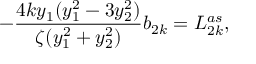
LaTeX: - \frac { 4 k y _ { 1 } ( y _ { 1 } ^ { 2 } - 3 y _ { 2 } ^ { 2 } ) } { \zeta ( y _ { 1 } ^ { 2 } + y _ { 2 } ^ { 2 } ) } b _ { 2 k } = L _ { 2 k } ^ { a s } ,